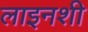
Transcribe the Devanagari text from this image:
लाइनशी